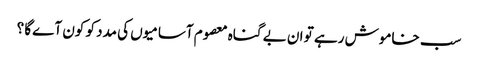
سب خاموش رہے تو ان بے گناہ معصوم آسامیوں کی مدد کو کون آےگا ؟